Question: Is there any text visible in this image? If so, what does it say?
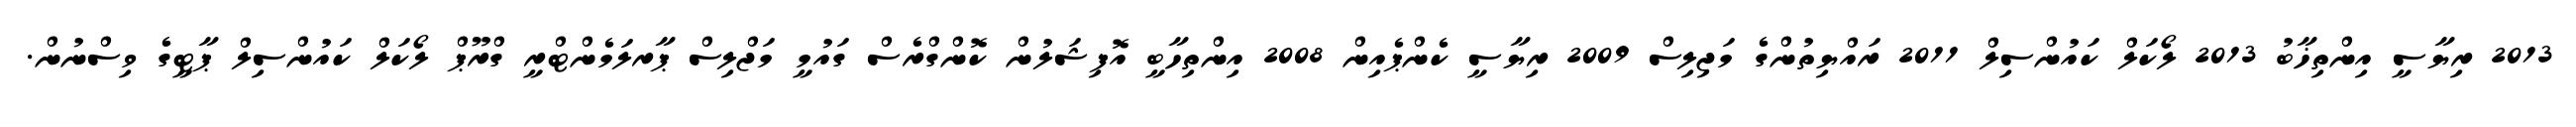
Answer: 2013 ރިޔާސީ އިންތިޚާބު 2013 ލޯކަލް ކައުންސިލް 2011 ރައްޔިތުންގެ މަޖިލިސް 2009 ރިޔާސީ ކެންޕެއިން 2008 އިންތިހާބީ އޮފިޝަލުން ކޮންގްރެސް ގައުމީ މަޖްލިސް ޕާރލަމެންޓްރީ ގްރޫޕް ލޯކަލް ކައުންސިލް ޕާޓީގެ ވިސްނުން.